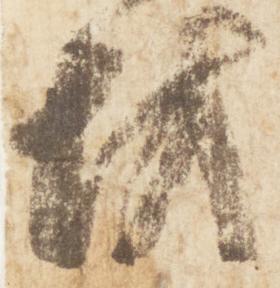
坊